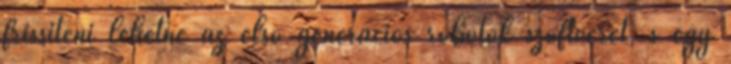
frissíteni lehetne az első generációs robotok szoftverét, s egy